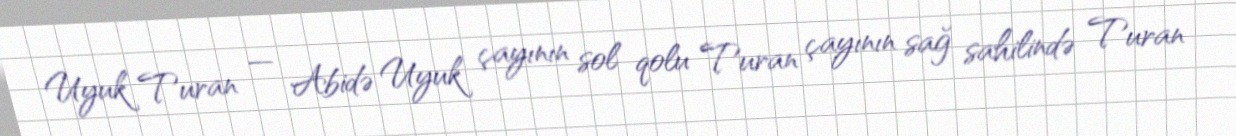
Uyuk Turan — Abidə Uyuk çayının sol qolu Turan çayının sağ sahilində Turan